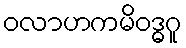
ဝလာဟကမိဝဒ္ဓဂူ